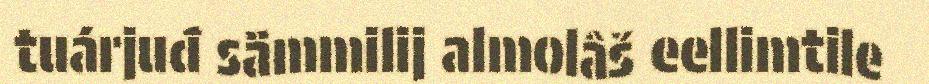
tuárjuđ sämmilij almolâš eellimtile